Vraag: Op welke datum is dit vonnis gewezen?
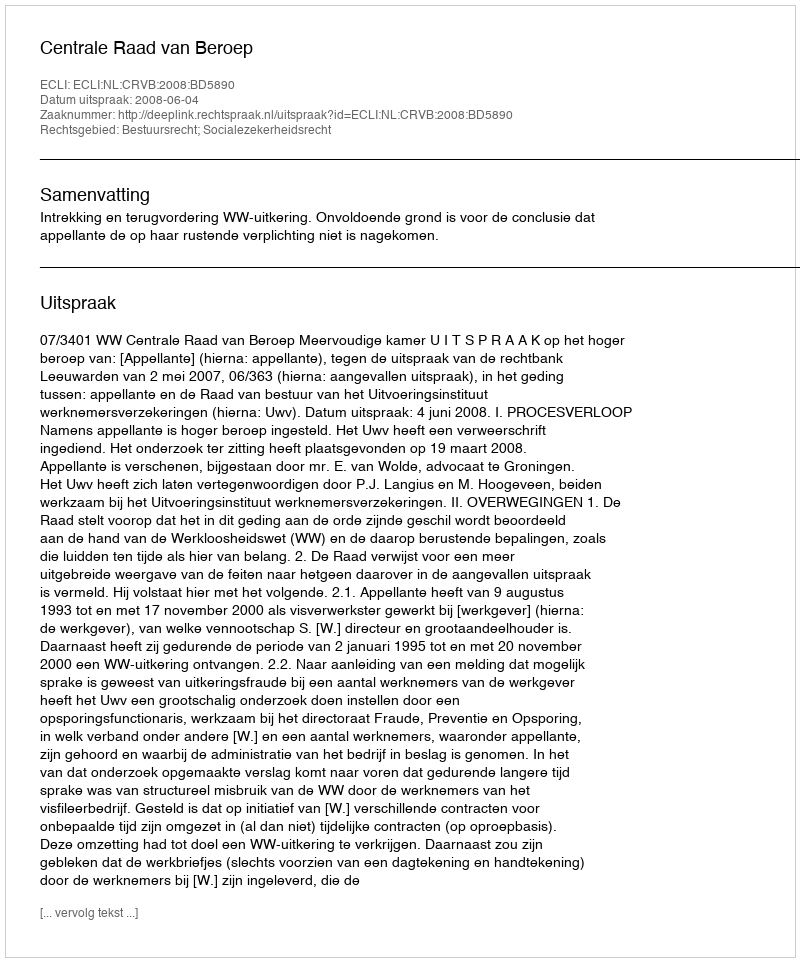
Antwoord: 2008-06-04